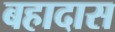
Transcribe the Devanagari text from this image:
बहादास